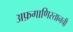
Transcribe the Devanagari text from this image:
अफ़गाणिस्तानची